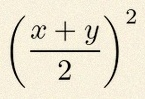
\left(\frac{x+y}{2}\right)^2